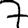
Digit: 7